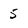
Character: 5